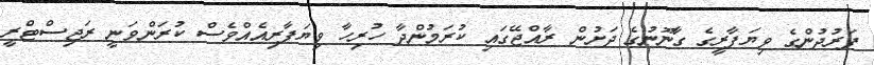
ފަރުދުންގެ ވިޔަފާރީގެ ގާނޫނުގެ ދަށުން ރާއްޖޭގައި ކުރަމުންދާ ހުރިހާ ވިޔަފާރިއެއްވެސް ކުރަންވަނީ ރަޖިސްޓްރީ